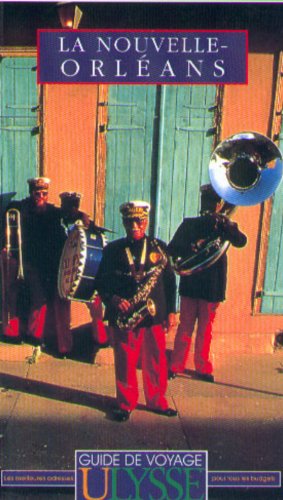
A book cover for Ulysses Travel Nouvelle-Orleans = Ulysses Travel New Orleans (Ulysses Travel Guide (French Guides)) (French Edition); Ulysses Travel Guides; Travel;